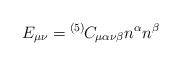
\begin{align*}E_{\mu\nu} = {}^{(5)\!}C_{\mu\alpha\nu\beta} n^\alpha n^\beta\end{align*}